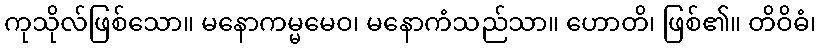
ကုသိုလ်ဖြစ်သော။ မနောကမ္မမေဝ၊ မနောကံသည်သာ။ ဟောတိ၊ ဖြစ်၏။ တိဝိဓံ၊